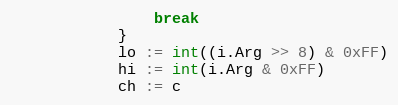
Language: Go
				break
			}
			lo := int((i.Arg >> 8) & 0xFF)
			hi := int(i.Arg & 0xFF)
			ch := c